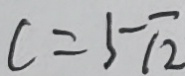
c = 5 \sqrt { 2 }